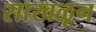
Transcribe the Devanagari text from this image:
साखळून